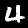
Label: 4